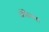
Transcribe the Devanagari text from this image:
ऑफिसचा